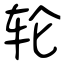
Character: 轮